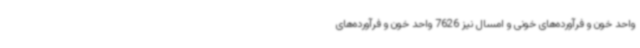
واحد خون و فرآورده‌های خونی و امسال نیز 7626 واحد خون و فرآورده‌های